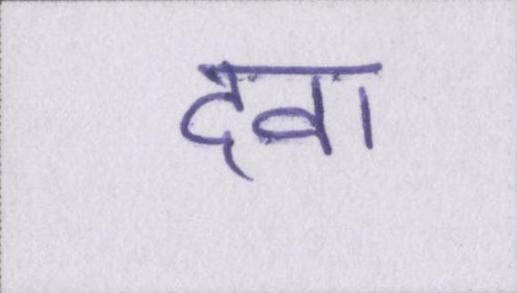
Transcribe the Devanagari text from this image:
दवा